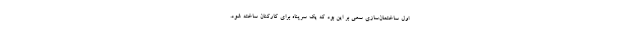
اول ساختمان‌سازی سعی بر این بود که یک سرپناه برای کارکنان ساخته شود.